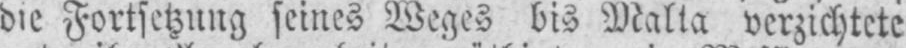
die Fortsetzung seines Weges bis Malta verzichtete